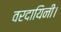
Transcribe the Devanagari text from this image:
वरदायिनी।